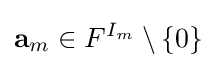
\mathbf {a} _{m}\in F^{I_{m}}\setminus \{0\}